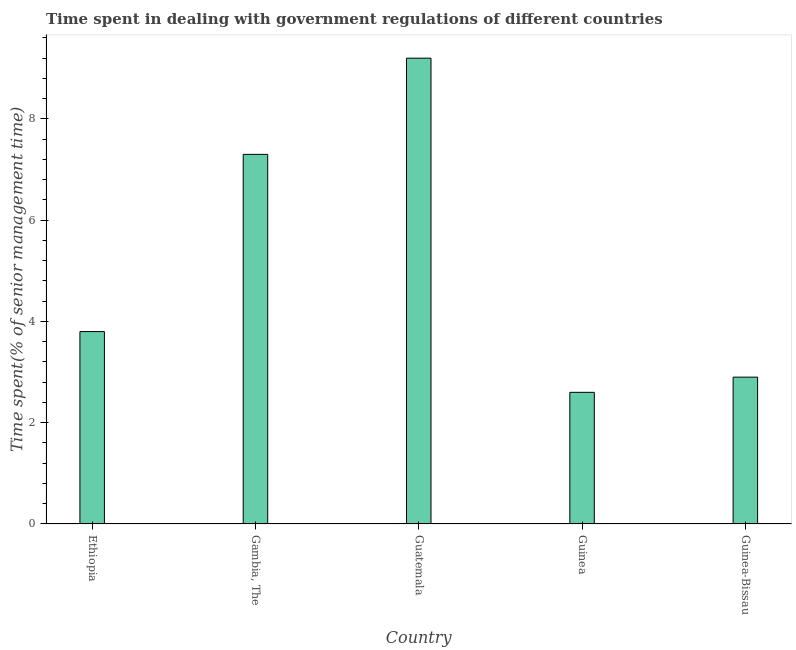
| Country | Government regulations |
 | --- | --- |
 | Ethiopia | 3.8 |
 | Gambia, The | 7.3 |
 | Guatemala | 9.2 |
 | Guinea | 2.6 |
 | Guinea-Bissau | 2.9 |